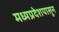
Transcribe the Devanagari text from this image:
मध्यप्रदेशपासून